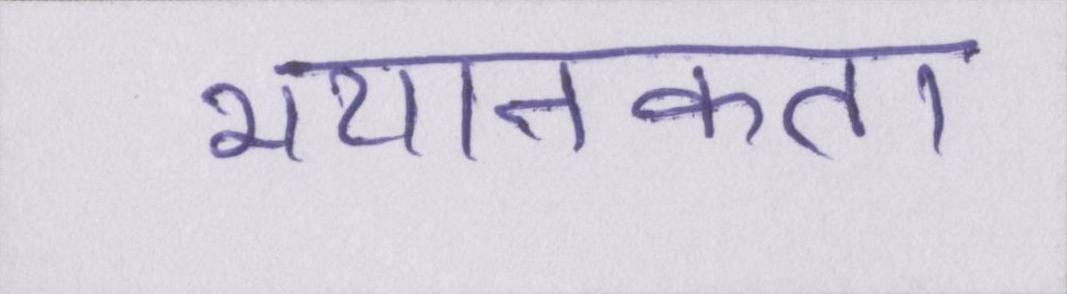
भयानकता